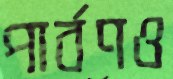
পার্বণও